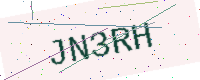
Text: JN3RH